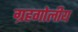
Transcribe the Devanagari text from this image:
ग्रहगोलीय